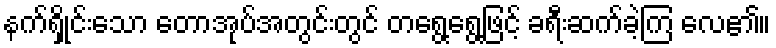
နက်ရှိုင်းသော တောအုပ်အတွင်းတွင် တရွေ့ရွေ့ဖြင့် ခရီးဆက်ခဲ့ကြ လေ၏။